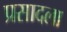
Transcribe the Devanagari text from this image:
प्रसादला